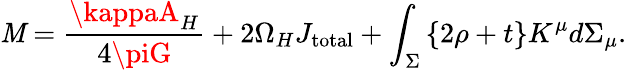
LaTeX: \mathit{M}={\frac{{\kappaA_{H}}}{{4\piG}}}+2\Omega_{H}J_{\mathrm{{total}}}+\int_{\Sigma}\left\{ 2\rho+t\right\} K^{\mu}d\Sigma_{\mu}.